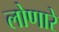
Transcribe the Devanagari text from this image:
लोणारे